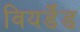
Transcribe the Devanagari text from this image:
वियर्डेंड